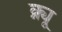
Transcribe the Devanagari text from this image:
क्न्यू